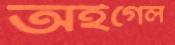
অইগেল